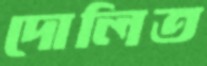
দোলিত